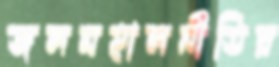
জলমহালনীতির